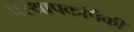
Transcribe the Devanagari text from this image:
प्रस्थापकांपैकी